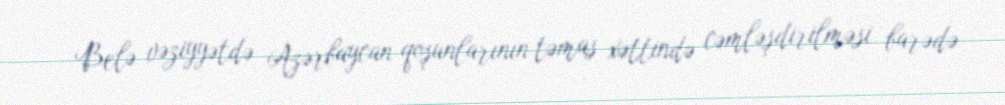
Belə vəziyyətdə Azərbaycan qoşunlarının təmas xəttində cəmləşdirilməsi barədə